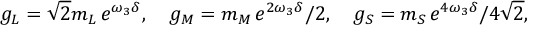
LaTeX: g _ { L } = \sqrt 2 m _ { L } \, e ^ { \omega _ { 3 } \delta } , \quad g _ { M } = { m _ { M } } \, e ^ { 2 \omega _ { 3 } \delta } / 2 , \quad g _ { S } = { m _ { S } } \, e ^ { 4 \omega _ { 3 } \delta } / 4 \sqrt 2 ,